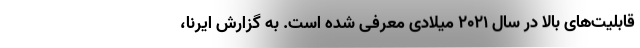
قابلیت‌های بالا در سال ۲۰۲۱ میلادی معرفی شده است. به گزارش ایرنا،